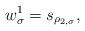
LaTeX: \begin{align*}w_{\sigma}^1 = s_{\rho_{2, \sigma}}, \end{align*}